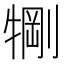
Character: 𬌧